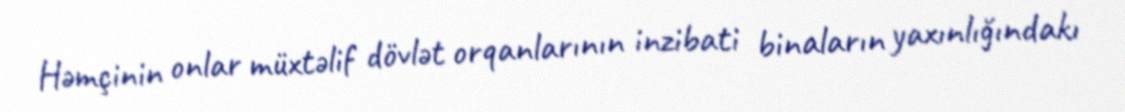
Həmçinin onlar müxtəlif dövlət orqanlarının inzibati binaların yaxınlığındakı